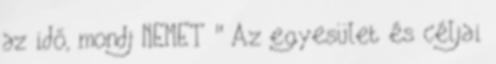
az idő, mondj NEMET " Az egyesület és céljai